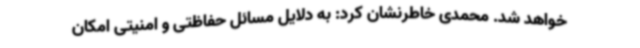
خواهد شد. محمدی خاطرنشان کرد: به دلایل مسائل حفاظتی و امنیتی امکان